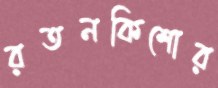
রতনকিশোর